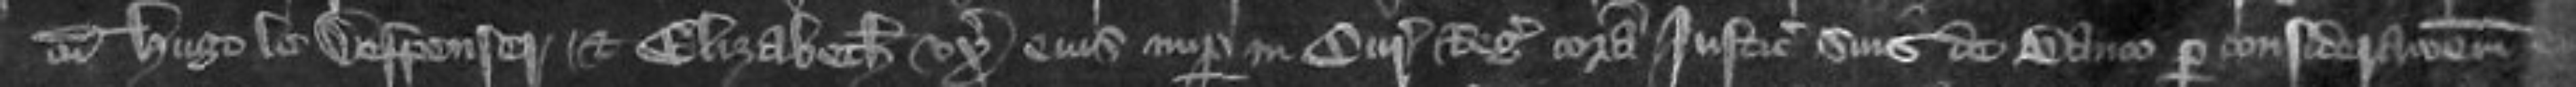
cum Hugo le Despenser et Elizabeth uxorum eius nuper in curia Regis coram justiciariis suis de banco per considerationem